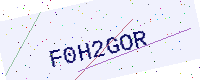
Text: F0H2GOR